Annual administration report of the Civil Veterinary Department, Ajmere-Merwara, British Rajputana - 1914-1940
Year: 1914
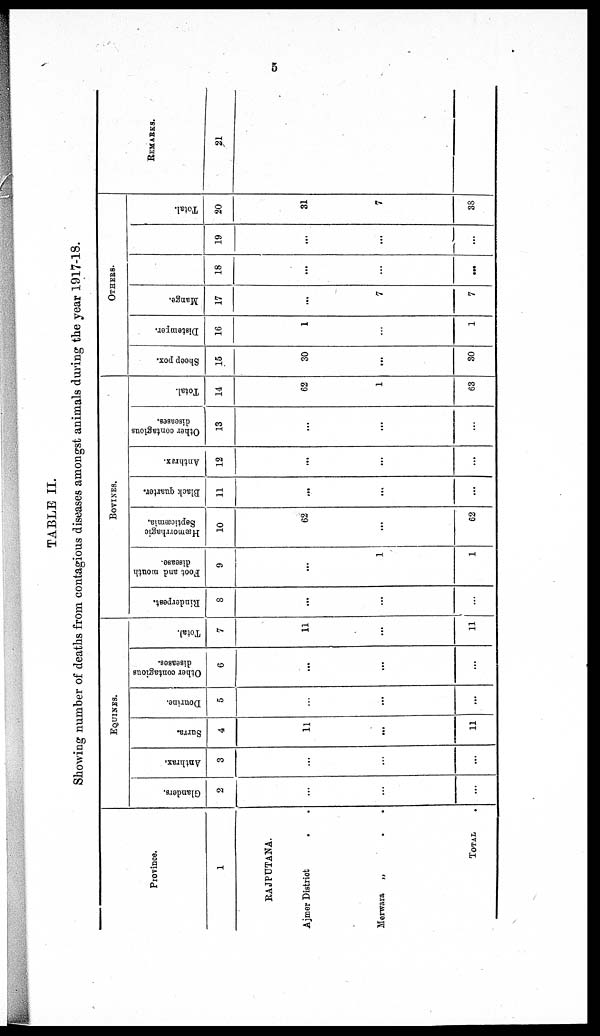
5
TABLE II.
Showing number of deaths from contagious diseases amongst animals during the year 1917-18.
Province.
1
RAJPUTANA.
Ajmer District
. .
Merwara „
. .
TOTAL .
EQUINES.
Glanders.
2
...
...
...
Anthrax.
3
...
...
...
Surra.
4
11
...
11
Dourine.
5
...
...
...
Other contagious
diseases.
6
...
...
...
Total.
7
11
...
11
BOVINES.
Rinderpest.
8
...
...
...
Foot and mouth
disease.
9
...
1
1
Hæmorrhagic
Septicæmia.
10
62
...
62
Black quarter.
11
...
...
...
Anthrax.
12
...
...
...
Other contagious
diseases.
13
...
...
...
Total.
14
62
1
63
OTHERS.
Sheep pox.
15
30
...
30
Distemper.
16
1
...
1
Mange.
17
...
7
7
18
...
...
19
...
...
...
Total.
20
31
7
38
REMARKS.
21